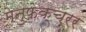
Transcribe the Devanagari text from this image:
मेनुफेक्चरर